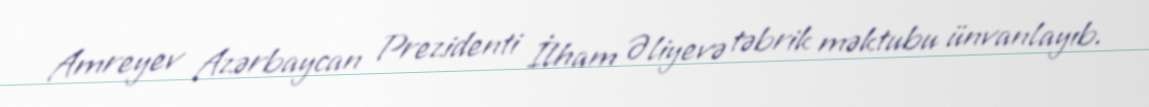
Amreyev Azərbaycan Prezidenti İlham Əliyevə təbrik məktubu ünvanlayıb.